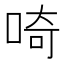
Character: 𠵇